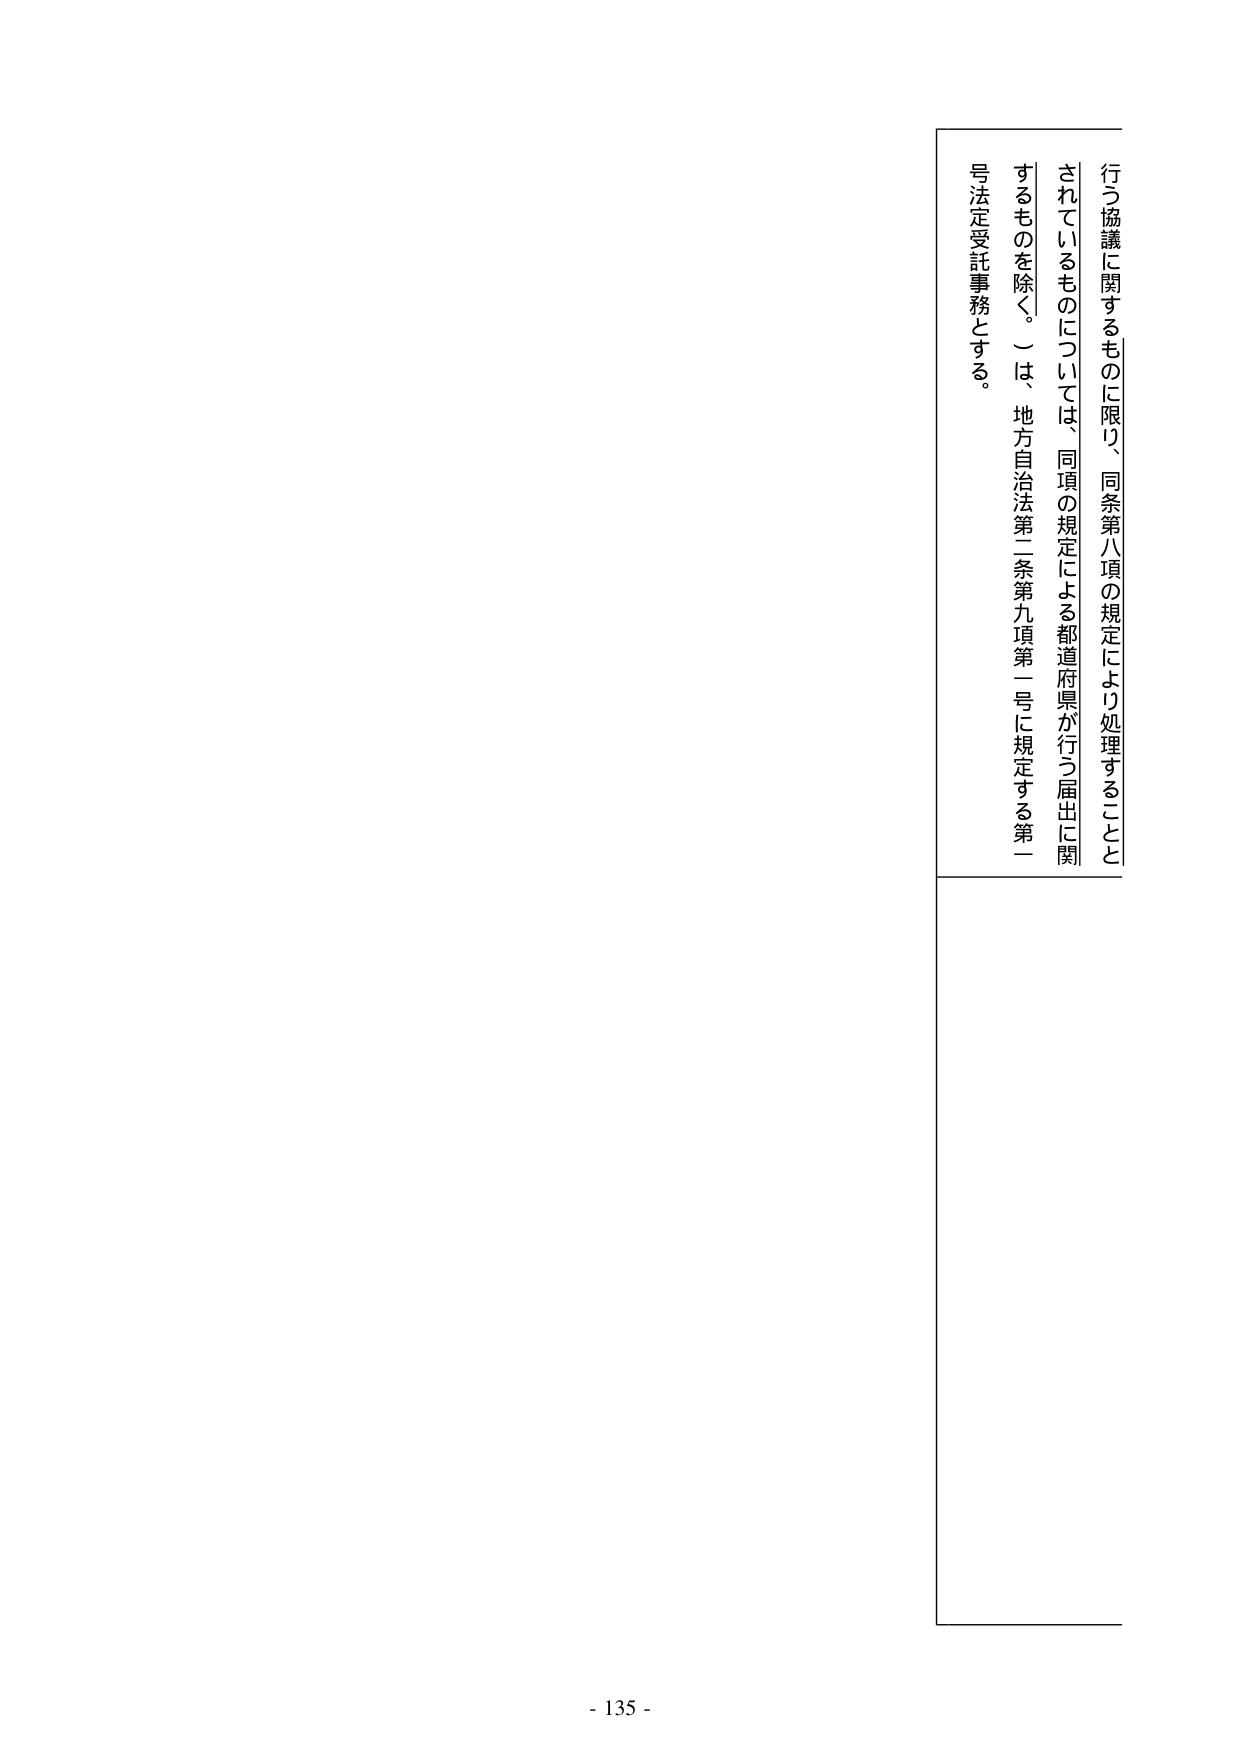
行う協議に関するものに限り、同条第八項の規定により処理することとされているものについては、同項の規定による都道府県が行う届出に関するものを除く。）は、地方自治法第二条第九項第一号に規定する第一号法定受託事務とする。

- 135 -